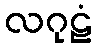
လဂုဠံ